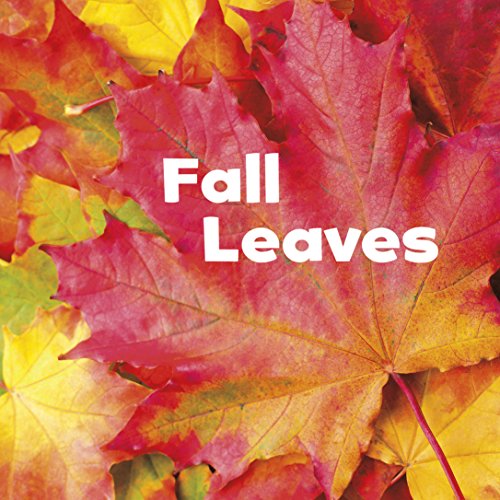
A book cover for Fall Leaves (Celebrate Fall); Erika L. Shores; Children's Books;